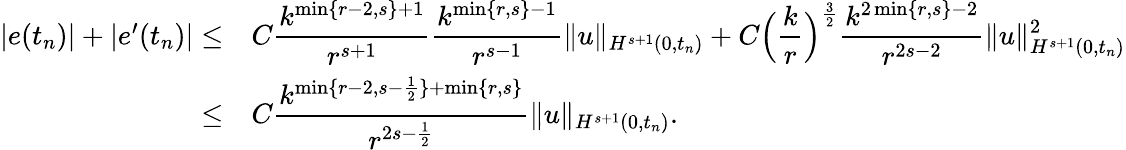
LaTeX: \begin{array}{rl}{|e(t_{n})|+|e^{\prime}(t_{n})|\le}&{C\displaystyle\frac{k^{\operatorname*{min}\{ r-2,s\} +1}}{r^{s+1}}\displaystyle\frac{k^{\operatorname*{min}\{ r,s\} -1}}{r^{s-1}}\| u\| _{H^{s+1}(0,t_{n})}+C\Big(\displaystyle\frac{k}{r}\Big)^{\frac 32}\displaystyle\frac{k^{2\operatorname*{min}\{ r,s\} -2}}{r^{2s-2}}\| u\| _{H^{s+1}(0,t_{n})}^{2}}\\ {\le}&{C\displaystyle\frac{k^{\operatorname*{min}\{ r-2,s-\frac 12\} +\operatorname*{min}\{ r,s\} }}{r^{2s-\frac 12}}\| u\| _{H^{s+1}(0,t_{n})}.}\end{array}